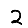
Digit: 2